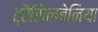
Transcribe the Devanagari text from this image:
ट्रैसिलबेनिया